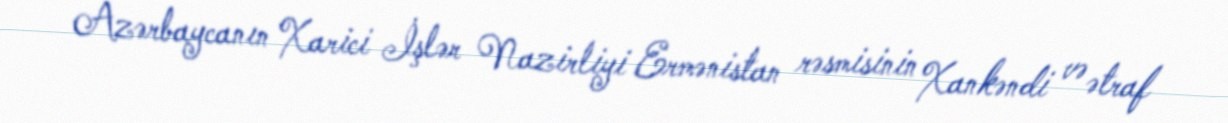
Azərbaycanın Xarici İşlər Nazirliyi Ermənistan rəsmisinin Xankəndi və ətraf